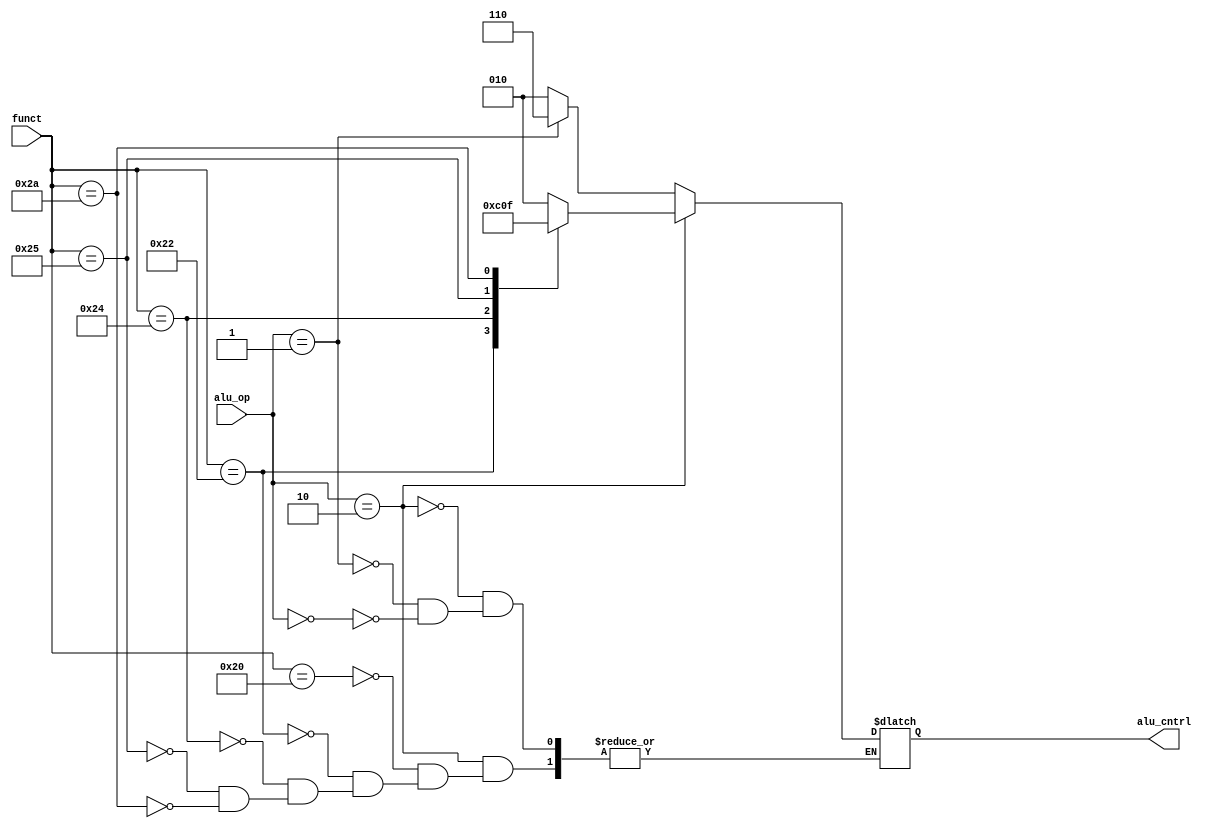
`timescale 1ns / 1ps
//////////////////////////////////////////////////////////////////////////////////
// Company: 
// 
// Design Name: 
// Module Name:    aluCntrl 
// Project Name: 
// Target Devices: 
// Tool versions: 
// Description: 
//
// Dependencies: 
//
// Revision: 
// Revision 0.01 - File Created
// Additional Comments: 
//
//////////////////////////////////////////////////////////////////////////////////
module aluCntrl(input [5:0] funct, input [1:0] alu_op, output reg[2:0] alu_cntrl
    );
	always @(*) begin
		if(alu_op == 2'b00)begin
			alu_cntrl <= 3'b010;
		end
		if(alu_op == 2'b01)begin
			alu_cntrl <= 3'b110;
		end
		if(alu_op == 2'b10) begin
		case(funct)
		6'b100000: alu_cntrl <= 3'b010;
		6'b100010: alu_cntrl <= 3'b110;
		6'b100100: alu_cntrl <= 3'b000;
		6'b100101: alu_cntrl <= 3'b001;
		6'b101010: alu_cntrl <= 3'b111;
		default: alu_cntrl 	<= alu_cntrl;
		endcase
		end
	end

endmodule